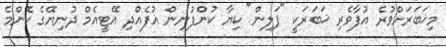
މިޚަބަރަށްވުރެ އުފާވެރި ޚަބަރަކީ "ޕަލިން" ކިޔާ ކުންފުނިން އުފެއްދި އޭޓީއެމް ދުނިޔޭގެ ކޮންމެ